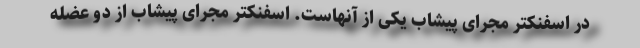
در اسفنکتر مجرای پیشاب یکی از آنهاست. اسفنکتر مجرای پیشاب از دو عضله